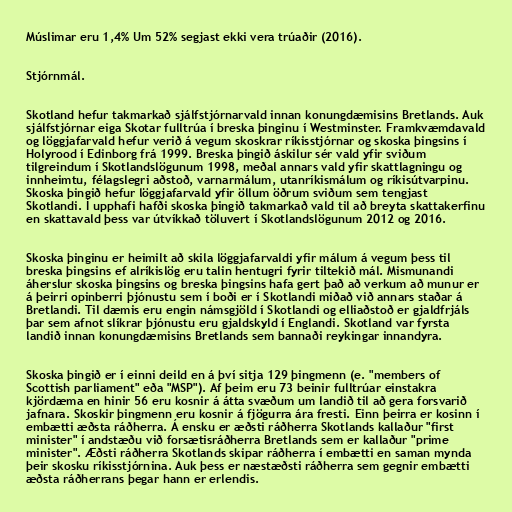
Múslimar eru 1,4% Um 52% segjast ekki vera trúaðir (2016).

Stjórnmál.

Skotland hefur takmarkað sjálfstjórnarvald innan konungdæmisins Bretlands. Auk
sjálfstjórnar eiga Skotar fulltrúa í breska þinginu í Westminster. Framkvæmdavald
og löggjafarvald hefur verið á vegum skoskrar ríkisstjórnar og skoska þingsins í
Holyrood í Edinborg frá 1999. Breska þingið áskilur sér vald yfir sviðum
tilgreindum í Skotlandslögunum 1998, meðal annars vald yfir skattlagningu og
innheimtu, félagslegri aðstoð, varnarmálum, utanríkismálum og ríkisútvarpinu.
Skoska þingið hefur löggjafarvald yfir öllum öðrum sviðum sem tengjast
Skotlandi. Í upphafi hafði skoska þingið takmarkað vald til að breyta skattakerfinu
en skattavald þess var útvíkkað töluvert í Skotlandslögunum 2012 og 2016.

Skoska þinginu er heimilt að skila löggjafarvaldi yfir málum á vegum þess til
breska þingsins ef alríkislög eru talin hentugri fyrir tiltekið mál. Mismunandi
áherslur skoska þingsins og breska þingsins hafa gert það að verkum að munur er
á þeirri opinberri þjónustu sem í boði er í Skotlandi miðað við annars staðar á
Bretlandi. Til dæmis eru engin námsgjöld í Skotlandi og elliaðstoð er gjaldfrjáls
þar sem afnot slíkrar þjónustu eru gjaldskyld í Englandi. Skotland var fyrsta
landið innan konungdæmisins Bretlands sem bannaði reykingar innandyra.

Skoska þingið er í einni deild en á því sitja 129 þingmenn (e. "members of
Scottish parliament" eða "MSP"). Af þeim eru 73 beinir fulltrúar einstakra
kjördæma en hinir 56 eru kosnir á átta svæðum um landið til að gera forsvarið
jafnara. Skoskir þingmenn eru kosnir á fjögurra ára fresti. Einn þeirra er kosinn í
embætti æðsta ráðherra. Á ensku er æðsti ráðherra Skotlands kallaður "first
minister" í andstæðu við forsætisráðherra Bretlands sem er kallaður "prime
minister". Æðsti ráðherra Skotlands skipar ráðherra í embætti en saman mynda
þeir skosku ríkisstjórnina. Auk þess er næstæðsti ráðherra sem gegnir embætti
æðsta ráðherrans þegar hann er erlendis.